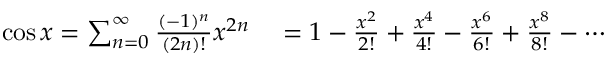
\begin{array} { r l } { \cos x = \sum _ { n = 0 } ^ { \infty } { \frac { ( - 1 ) ^ { n } } { ( 2 n ) ! } } x ^ { 2 n } } & { { } = 1 - { \frac { x ^ { 2 } } { 2 ! } } + { \frac { x ^ { 4 } } { 4 ! } } - { \frac { x ^ { 6 } } { 6 ! } } + { \frac { x ^ { 8 } } { 8 ! } } - \cdots } \end{array}